Punjab Mental Hospital Lahore 1922-31 - 1922-1931
Year: 1922
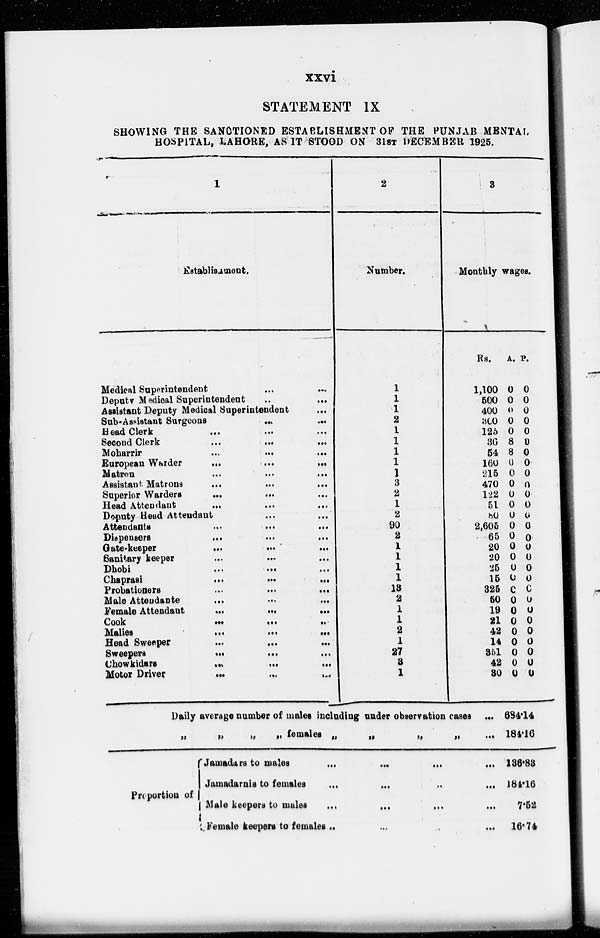
xxvi
STATEMENT IX
SHOWING THE SANCTIONED ESTABLISHMENT OF THE PUNJAB MENTAL
HOSPITAL, LAHORE, AS IT STOOD ON 31ST DECEMBER 1925.
1
Establishment.
Medical Superintendent
...
...
Deputy Medical Superintendent ... ...
Assistant Deputy Medical Superintendent ...
Sub-Assistant Surgeons ... ...
Head Clerk ... ... ...
Second Clerk ... ... ...
Moharrir
...
...
...
European Warder
...
...
...
Matron
...
...
...
Assistant Matrons
...
...
...
Superior Warders
...
...
...
Head Attendant
...
...
...
Deputy Head Attendant ... ...
Attendants
...
...
...
Dispensers
...
...
...
Gate-keeper
...
...
...
Sanitary keeper ... ... ...
Dhobi
...
...
...
Chaprasi
...
...
...
Probationers
...
...
...
Male Attendante
...
...
...
Female Attendant
...
...
...
Cook
...
...
...
Malies
...
...
...
Head Sweeper
...
...
...
Sweepers
...
...
...
Chowkidara
...
...
...
Motor Driver
...
...
...
2
Number.
1
1
1
2
1
1
1
1
1
3
2
1
2
90
2
1
1
1
1
18
2
1
1
2
1
27
8
1
3
Monthly wages.
Rs.
1,100
500
400
300
125
36
54
160
215
470
122
51
80
2,605
65
20
20
25
15
325
50
19
21
42
14
351
42
30
Daily average number of males including under observation cases ...
„
„
„
„
females
„
„
„
„
...
Proportion of
Jamadars to males ... ... ... ...
Jamadarnis to females
...
...
...
...
Male keepers to males
...
... ... ...
Female keepers to females ... ... ...
...
A.
0
0
0
0
0
8
8
0
0
0
0
0
0
0
0
0
0
0
0
0
0
0
0
0
0
0
0
0
P.
0
0
0
0
0
0
0
0
0
0
0
0
0
0
0
0
0
0
0
0
0
0
0
0
0
0
0
0
684.14
184.16
136.83
184.16
7.52
16.74